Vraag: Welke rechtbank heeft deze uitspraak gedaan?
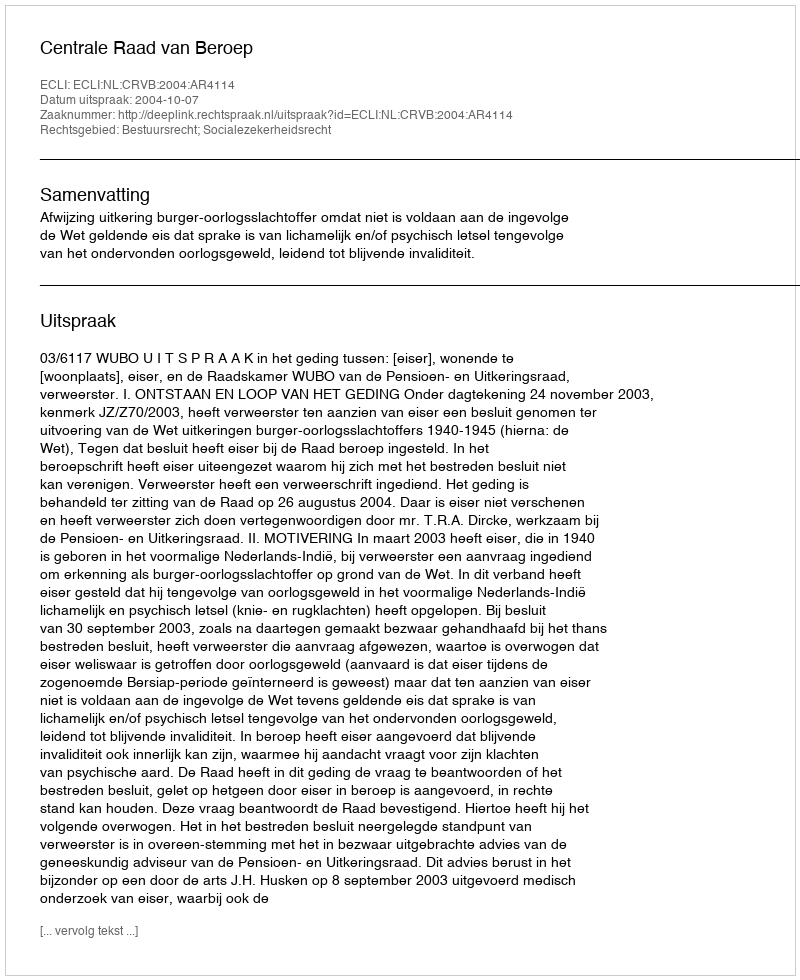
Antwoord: Centrale Raad van Beroep